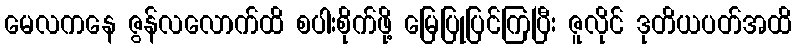
မေလကနေ ဇွန်လလောက်ထိ စပါးစိုက်ဖို့ မြေပြုပြင်ကြပြီး ဇူလိုင် ဒုတိယပတ်အထိ